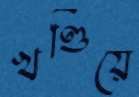
খণ্ডিয়ে